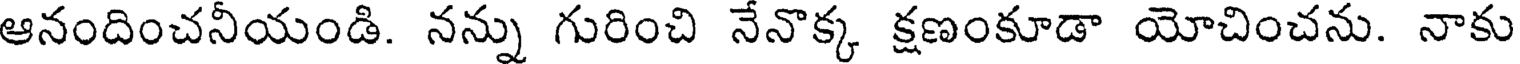
ఆనందించనీయండి. నన్ను గురించి నేనొక్క క్షణంకూడా యోచించను. నాకు